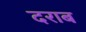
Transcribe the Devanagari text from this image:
दराब